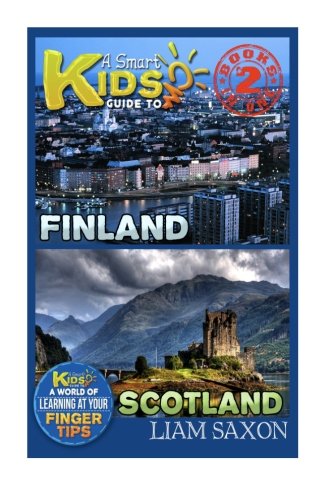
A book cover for A Smart Kids Guide To FINLAND AND SCOTLAND: A World Of Learning At Your Fingertips; Liam Saxon; Travel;